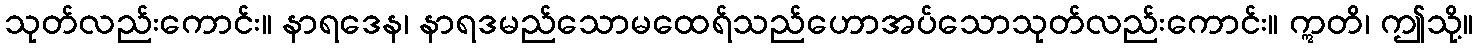
သုတ်လည်းကောင်း။ နာရဒေန၊ နာရဒမည်သောမထေရ်သည်ဟောအပ်သောသုတ်လည်းကောင်း။ ဣတိ၊ ဤသို့။